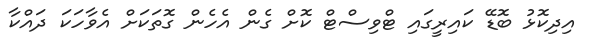
އިދިކޮޅު ބޮޑޭ ކައިރީގައި ޓްވިސްޓް ކޮށް ގެން އެހެން ގޮތަކަށް އެވާހަކަ ދައްކާ